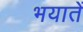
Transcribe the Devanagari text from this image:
भयातें